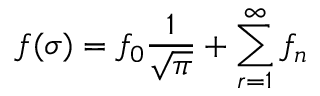
f ( \sigma ) = f _ { 0 } \frac { 1 } { \sqrt { \pi } } + \sum _ { r = 1 } ^ { \infty } f _ { n }